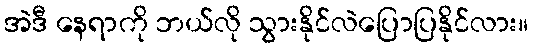
အဲဒီ နေရာကို ဘယ်လို သွားနိုင်လဲပြောပြနိုင်လား။